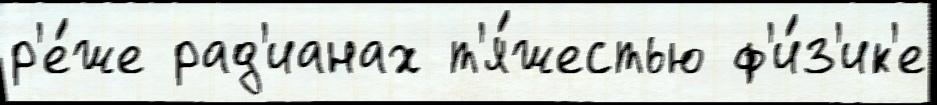
р'е́же рад'ианах т'я́жестью ф'и́з'ик'е